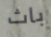
باث